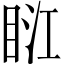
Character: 𥆀